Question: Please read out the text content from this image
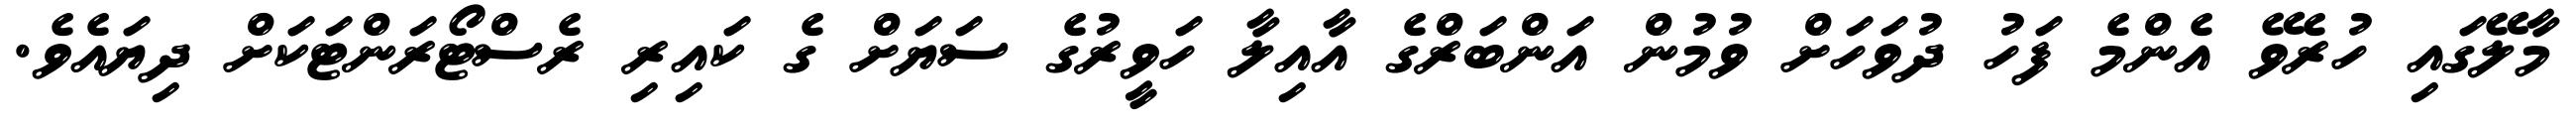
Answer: މާލޭގައި ހުރެވޭ އެންމެ ފަހު ދުވަހަށް ވުމުން އަންބަރްގެ އާއިލާ ހަވީރުގެ ސަޔަށް ގެ ކައިރި ރެސްޓޯރަންޓަކަށް ދިޔައެވެ.